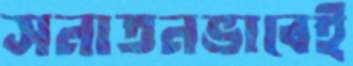
সনাতনভাবেই